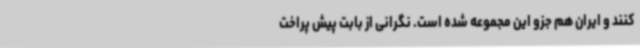
کنند و ایران هم جزو این مجموعه شده است. نگرانی از بابت پیش پراخت